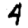
Digit: 4